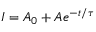
I = A _ { 0 } + A e ^ { - t / \tau }